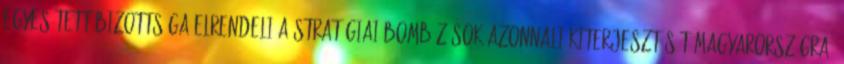
Egyesített Bizottsága elrendeli a stratégiai bombázások azonnali kiterjesztését Magyarországra.